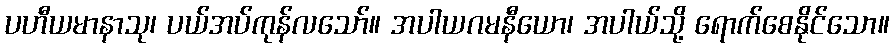
ပဟီယမာနာသု၊ ပယ်အပ်ကုန်လသော်။ အပါယဂမနီယော၊ အပါယ်သို့ ရောက်စေနိုင်သော။